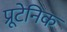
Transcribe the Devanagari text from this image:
प्रूटेनिक